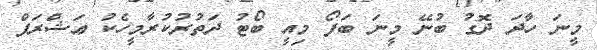
މީނަ ހާދަ ދޮގު ބުނޭ މީނަ ބަފޯ މިއީ ބޯޓު ދަތުރުކުރާމީހެކު ޢަޝްރަފް